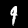
Digit: 9